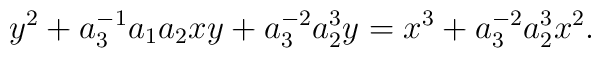
y^2 + a_3^{-1} a_1 a_2 xy + a_3^{-2}a_2^3 y =x^3 + a_3^{-2}a_2^3 x^2 .